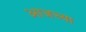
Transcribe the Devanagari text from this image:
अाजच्या